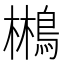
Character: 𱈮